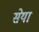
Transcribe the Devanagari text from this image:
सेया